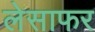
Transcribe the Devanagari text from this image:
लेसाफर